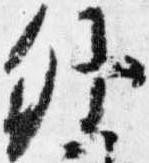
外